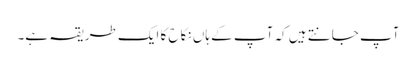
آپ جانتے ہیں کہ آپ کے ہاں نکاح کا ایک طریقہ ہے۔